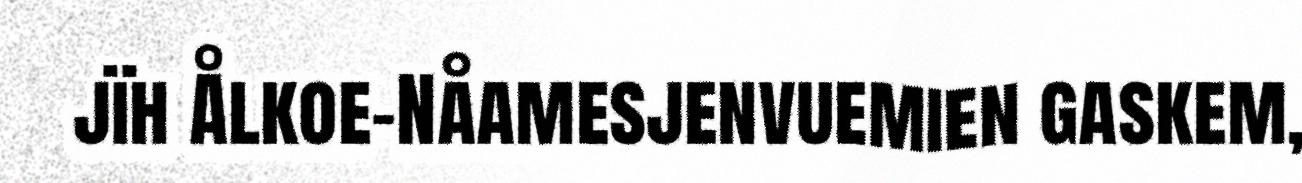
jïh Ålkoe-Nåamesjenvuemien gaskem,